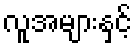
လူအများနှင့်